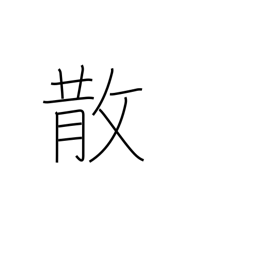
Meaning: scatter